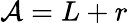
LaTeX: \mathcal{A}=L+r